Scottish Leaving Certificate Examination, 1959
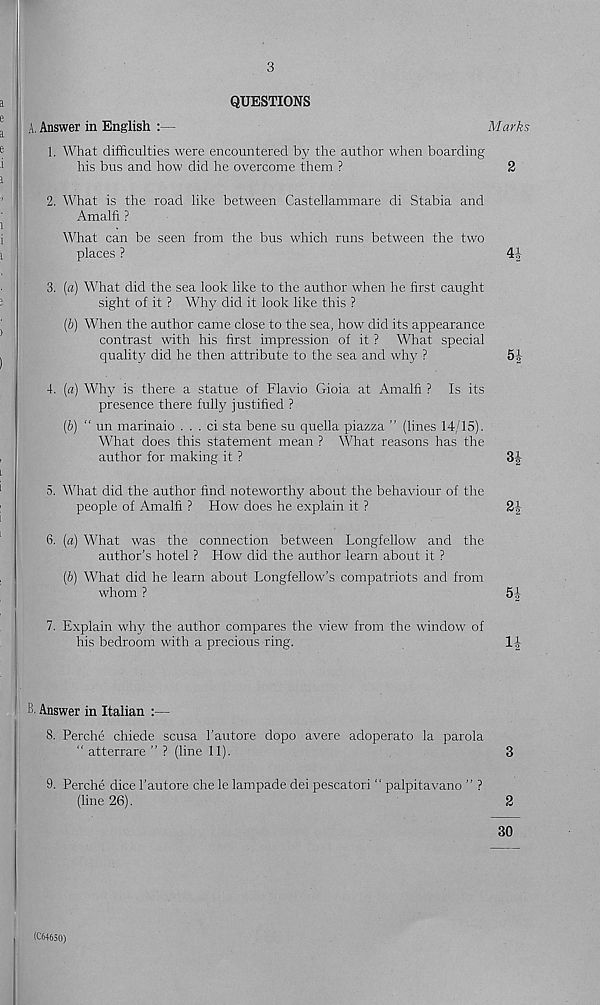
3
QUESTIONS
A, Answer in English :—
Marks
1. What difficulties were encountered by the author when boarding
his bus and how did he overcome them ?
2
2. What is the road like between Castellammare di Stabia and
Amalfi ?
What can be seen from the bus which runs between the two
places ?
41
3. [a) What did the sea look like to the author when he first caught
sight of it ? Why did it look like this ?
(ft) When the author came close to the sea, how did its appearance
contrast with his first impression of it ? What special
quality did he then attribute to the sea and why ?
5J
4. [a) Why is there a statue of Flavio Gioia at Amalfi ? Is its
presence there fully justified ?
(b) “ un marinaio . . . ci sta bene su quella piazza ” (lines 14/15).
What does this statement mean ? What reasons has the
author for making it ?
31-
5. What did the author find noteworthy about the behaviour of the
people of Amalfi ? How does he explain it ?
21
6. (a) What was the connection between Longfellow and the
author’s hotel ? How did the author learn about it ?
(6) What did he learn about Longfellow’s compatriots and from
whom ?
51
7. Explain why the author compares the view from the window of
his bedroom with a precious ring.
l-i-
B. Answer in Italian :—
8. Perche chiede scusa 1’autore dopo avere adoperato la parola
“ atterrare ” ? (line 11).
3
9. Perche dice 1’autore che le lampade dei pescatori “ palpitavano ” ?
(line 26).
2
30
(C64650)